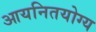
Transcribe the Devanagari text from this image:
आयनितयोग्य